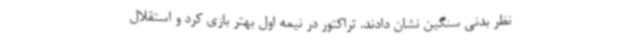
نظر بدنی سنگین نشان دادند. تراکتور در نیمه اول بهتر بازی کرد و استقلال